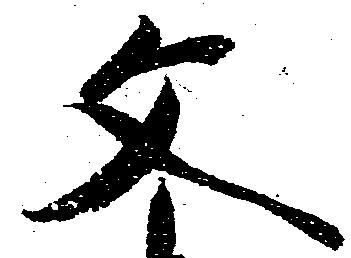
文